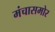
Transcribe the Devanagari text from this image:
मंचासमोर